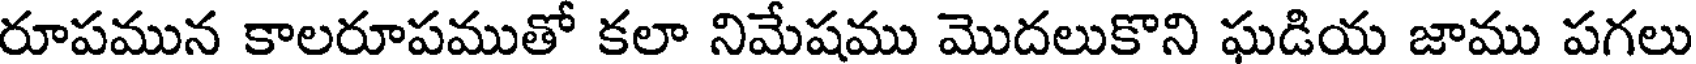
రూపమున కాలరూపముతో కలా నిమేషము మొదలుకొని ఘడియ జాము పగలు